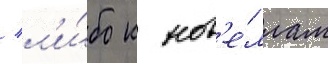
/ л'и́бо к нов'е́ллам